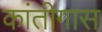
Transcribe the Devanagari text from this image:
कांतीगास